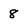
Character: 8